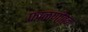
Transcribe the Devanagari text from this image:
फाळणीतुन